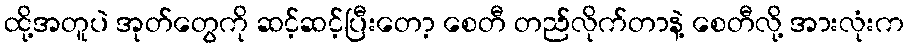
ထို့အတူပဲ အုတ်တွေကို ဆင့်ဆင့်ပြီးတော့ စေတီ တည်လိုက်တာနဲ့ စေတီလို့ အားလုံးက